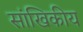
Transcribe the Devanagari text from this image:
सांखिकीय